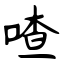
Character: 喳